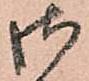
御